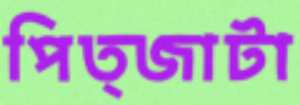
পিত্জাটা